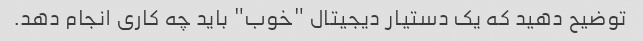
توضیح دهید که یک دستیار دیجیتال "خوب" باید چه کاری انجام دهد.